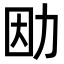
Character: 𠡛